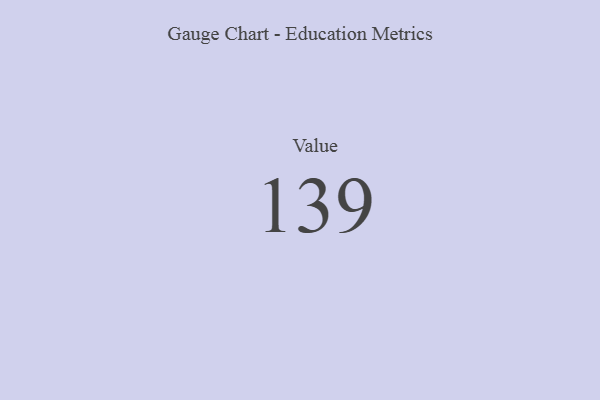
{"axis": {"x": "Metric", "y": "Value"}, "legend": [""], "data": [{"x": "Value", "y": 139, "type": ""}]}